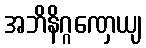
အဘိနိဂ္ဂဏှေယျ